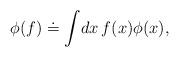
\begin{align*}\phi (f) \doteq \int \! dx \, f(x) \phi (x),\end{align*}